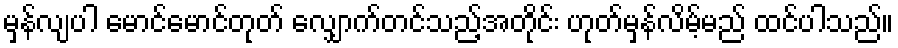
မှန်လျပါ မောင်မောင်တုတ် လျှောက်တင်သည့်အတိုင်း ဟုတ်မှန်လိမ့်မည် ထင်ပါသည်။